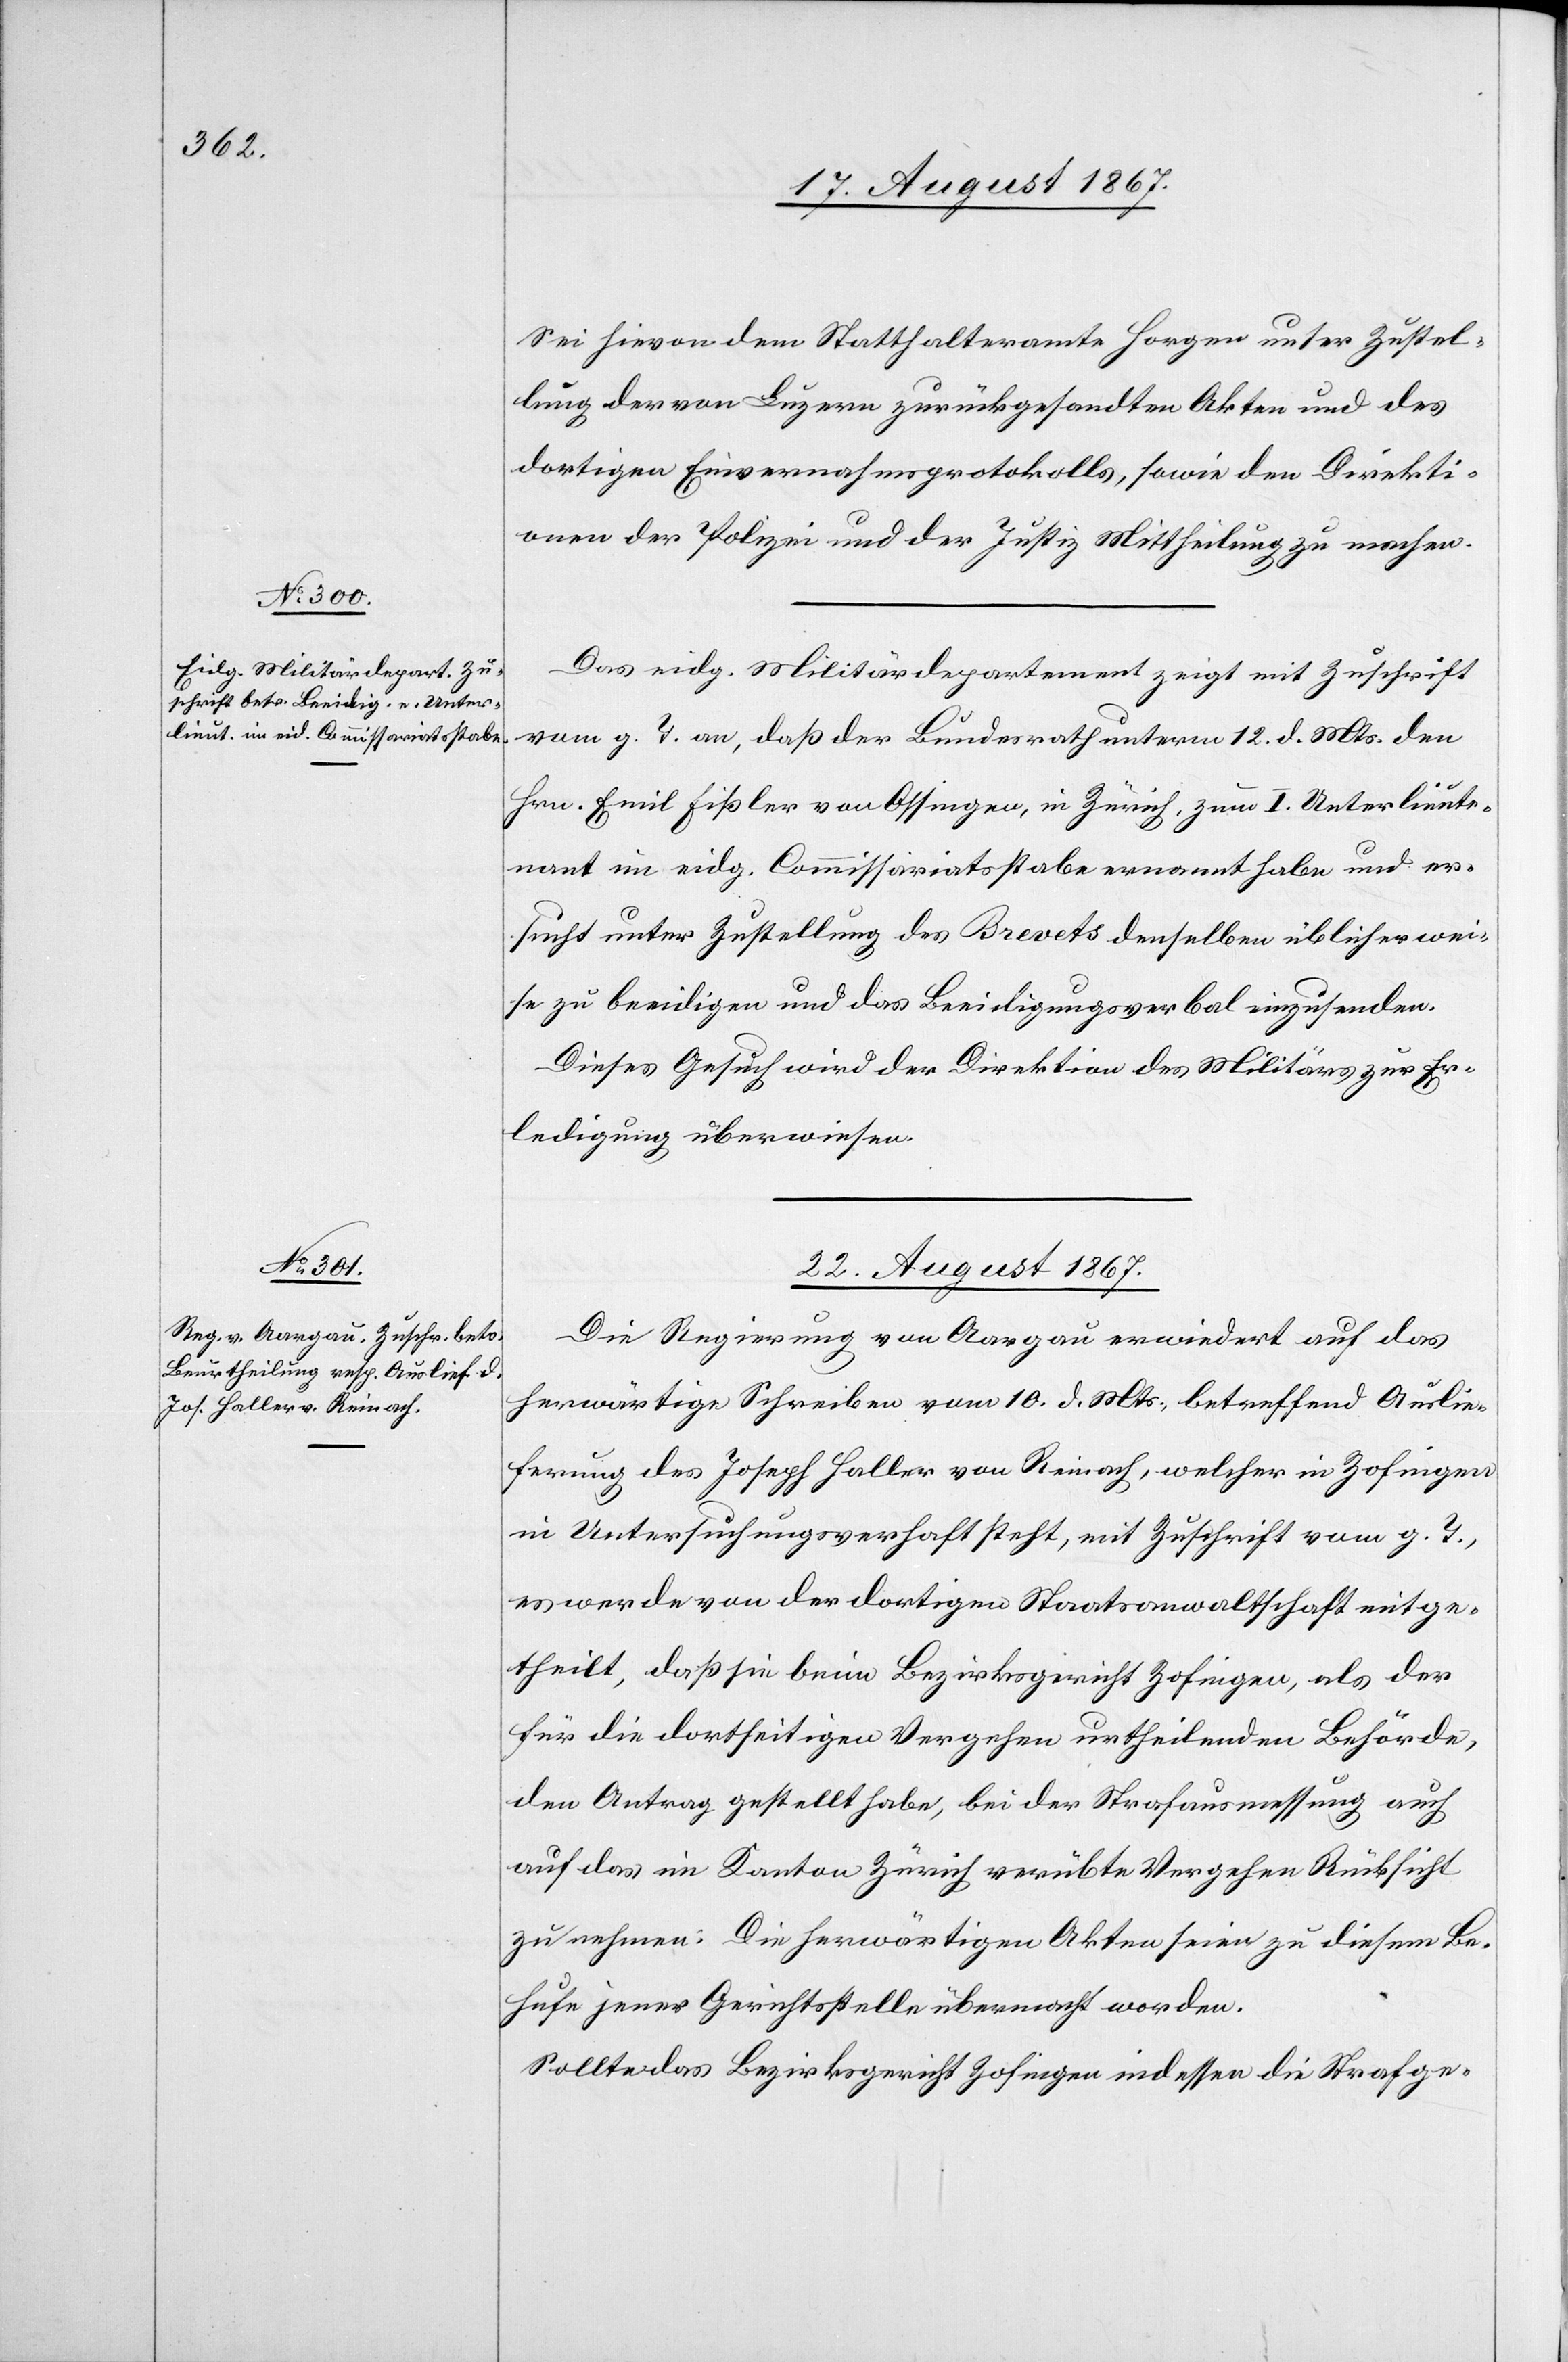
Sei hievon dem Statthalteramte Horgen unter Zustel¬
lung der von Luzern zurückgesandten Akten und des
dortigen Einvernahmsprotokolls, sowie den Direkti¬
onen der Polizei und der Justiz Mittheilung zu machen.
Das eidg. Militärdepartement zeigt mit Zuschrift
vom g. T. an, daß der Bundesrath unterm 12. d. Mts. den
Hrn. Emil Fißler von Ossingen, in Zürich, zum I. Unterlieute¬
nant im eidg. Commissariatsstabe ernannt habe und er¬
sucht unter Zustellung des Brevets denselben üblicherwei¬
se zu beeidigen und das Beeidigungsverbal einzusenden.
Dieses Gesuch wird der Direktion des Militärs zur Er¬
ledigung überwiesen.
22. August 1867.
Die Regierung von Aargau erwiedert auf das
herwärtige Schreiben vom 10. d. Mts., betreffend Auslie¬
ferung des Joseph Haller von Reinach, welcher in Zofingen
in Untersuchungsverhaft steht, mit Zuschrift vom g. T.,
es werde von der dortigen Staatsanwaltschaft mitge¬
theilt, daß sie beim Bezirksgericht Zofingen, als der
für die dortseitigen Vergehen urtheilenden Behörde,
den Antrag gestellt habe, bei der Strafausmessung auch
auf das im Kanton Zürich verübte Vergehen Rücksicht
zu nehmen. Die herwärtigen Akten seien zu diesem Be¬
hufe jener Gerichtsstelle übermacht worden.
Sollte das Bezirksgericht Zofingen indessen die Strafge-